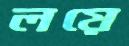
লয়ে